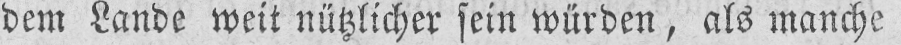
dem Lande weit nützlicher sein würden, als manche